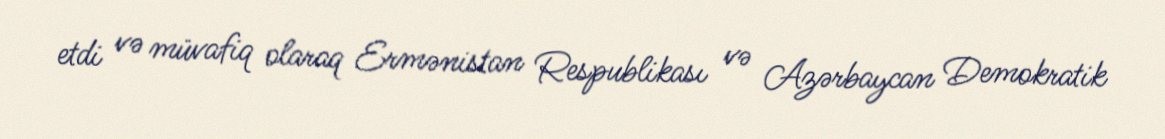
etdi və müvafiq olaraq Ermənistan Respublikası və Azərbaycan Demokratik